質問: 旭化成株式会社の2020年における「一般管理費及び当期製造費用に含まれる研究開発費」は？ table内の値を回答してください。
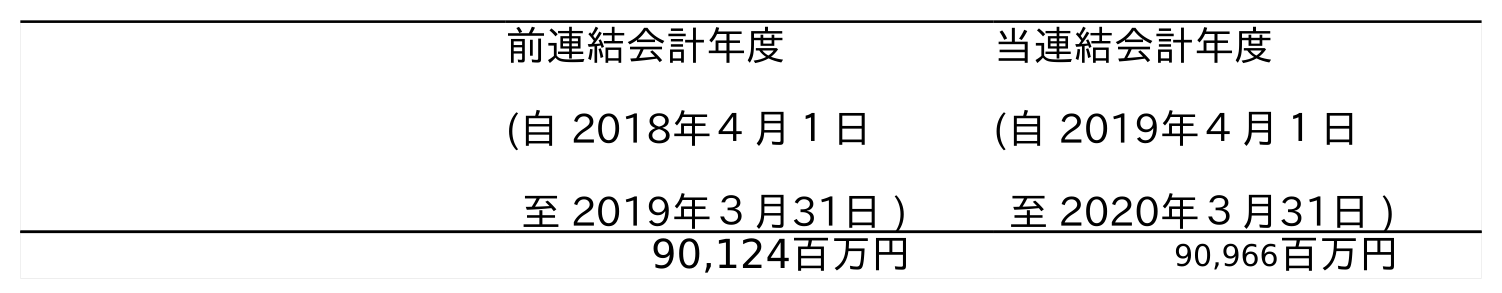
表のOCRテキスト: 前連結会計年度 (自 2018年４月１日 至 2019年３月31日 ) 当連結会計年度 (自 2019年４月１日 至 2020年３月31日 ) 90,124百万円 90,966百万円
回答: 90,966